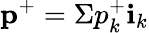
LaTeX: \textbf{p}^{+}=\Sigma p_{k}^{+}\textbf{i}_{k}